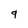
Character: 9